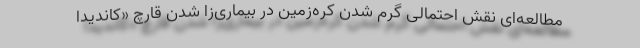
مطالعه‌ای نقش احتمالی گرم شدن کره‌زمین در بیماری‌زا شدن قارچ «کاندیدا